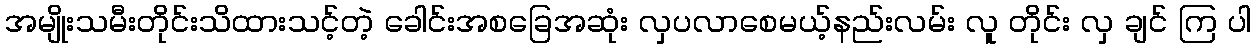
အမျိုးသမီးတိုင်းသိထားသင့်တဲ့ ခေါင်းအစခြေအဆုံး လှပလာစေမယ့်နည်းလမ်း လူ တိုင်း လှ ချင် ကြ ပါ